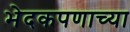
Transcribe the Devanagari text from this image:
भेदकपणाच्या